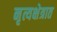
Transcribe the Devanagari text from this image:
नृत्यक्षेत्रात